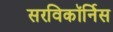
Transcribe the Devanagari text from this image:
सरविकॉर्निस